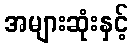
အများဆုံးနှင့်